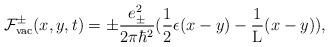
LaTeX: \begin{align*}{\cal F}_{{\rm vac}}^{\pm}(x,y,t) = \pm\frac{e_{\pm}^2}{2{\pi}{\hbar}^2}( \frac{1}{2} \epsilon(x-y)- \frac{1}{\rm L} (x-y) ),\end{align*}